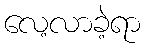
လေ့လာခဲ့ရာ